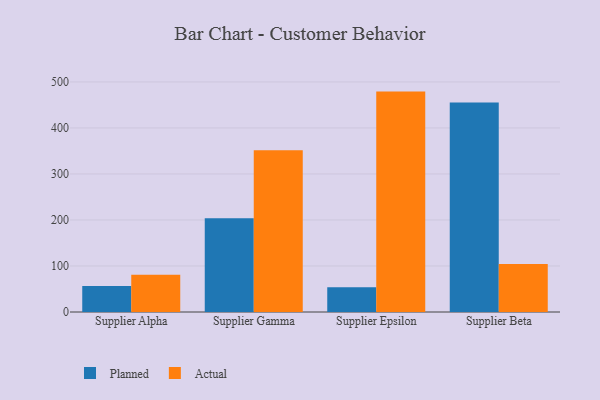
{"axis": {"x": "Supplier", "y": "Revenue (USD Million)"}, "legend": ["Actual", "Planned"], "data": [{"x": "Supplier Alpha", "y": 56.4, "type": "Planned"}, {"x": "Supplier Alpha", "y": 80.9, "type": "Actual"}, {"x": "Supplier Gamma", "y": 203.7, "type": "Planned"}, {"x": "Supplier Gamma", "y": 351.7, "type": "Actual"}, {"x": "Supplier Epsilon", "y": 54.0, "type": "Planned"}, {"x": "Supplier Epsilon", "y": 479.0, "type": "Actual"}, {"x": "Supplier Beta", "y": 455.1, "type": "Planned"}, {"x": "Supplier Beta", "y": 104.2, "type": "Actual"}]}